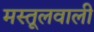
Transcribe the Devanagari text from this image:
मस्तूलवाली